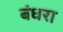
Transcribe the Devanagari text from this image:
बंधरा